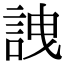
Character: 䛖